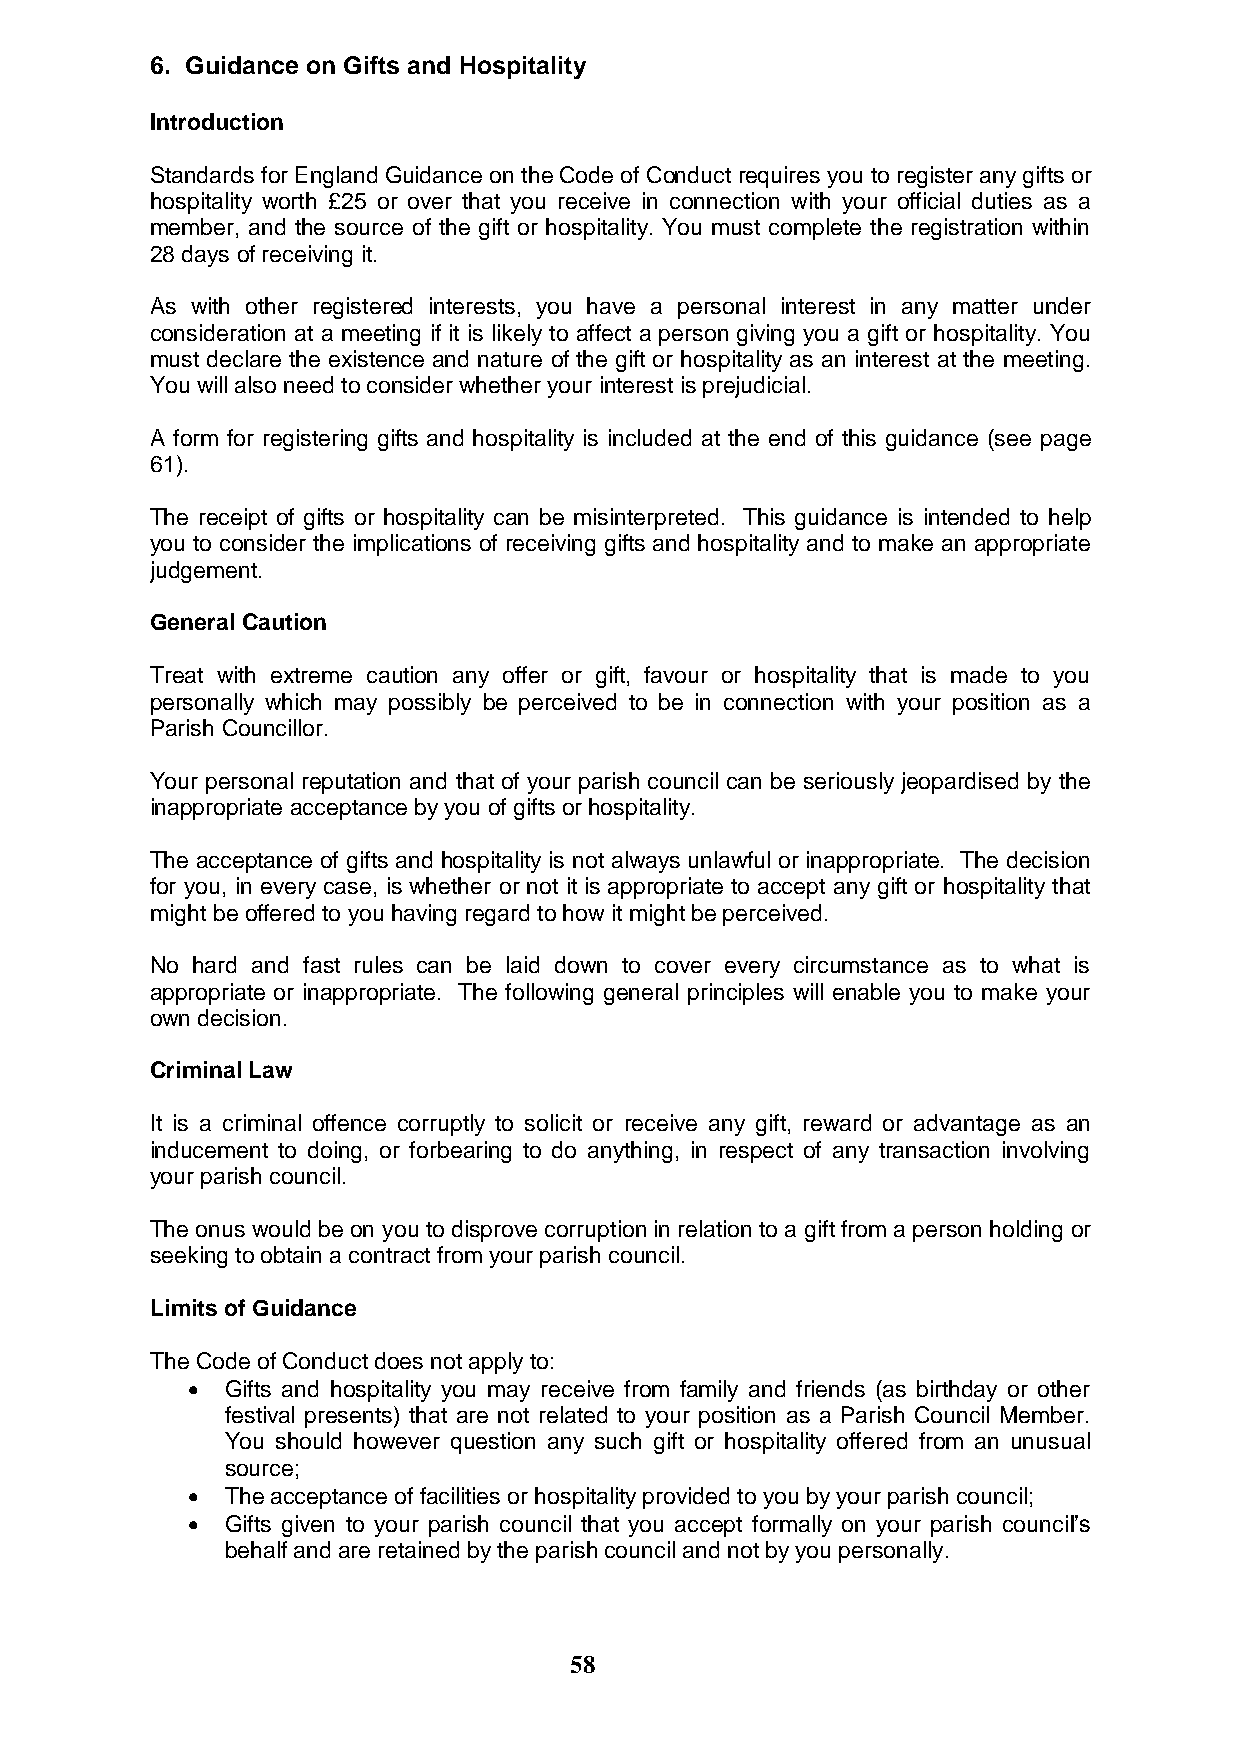
6. Guidance on Gifts and Hospitality
 Introduction
 Standards for England Guidance on the Code of Conduct requires you to register any gifts or
 hospitality worth £25 or over that you receive in connection with your official duties as a
 member, and the source of the gift or hospitality. You must complete the registration within
 28 days of receiving it.
 As with other registered interests, you have a personal interest in any matter under
 consideration at a meeting if it is likely to affect a person giving you a gift or hospitality. You
 must declare the existence and nature of the gift or hospitality as an interest at the meeting.
 You will also need to consider whether your interest is prejudicial.
 A form for registering gifts and hospitality is included at the end of this guidance (see page
 61).
 The receipt of gifts or hospitality can be misinterpreted. This guidance is intended to help
 you to consider the implications of receiving gifts and hospitality and to make an appropriate
 judgement.
 General Caution
 Treat with extreme caution any offer or gift, favour or hospitality that is made to you
 personally which may possibly be perceived to be in connection with your position as a
 Parish Councillor.
 Your personal reputation and that of your parish council can be seriously jeopardised by the
 inappropriate acceptance by you of gifts or hospitality.
 The acceptance of gifts and hospitality is not always unlawful or inappropriate. The decision
 for you, in every case, is whether or not it is appropriate to accept any gift or hospitality that
 might be offered to you having regard to how it might be perceived.
 No hard and fast rules can be laid down to cover every circumstance as to what is
 appropriate or inappropriate. The following general principles will enable you to make your
 own decision.
 Criminal Law
 It is a criminal offence corruptly to solicit or receive any gift, reward or advantage as an
 inducement to doing, or forbearing to do anything, in respect of any transaction involving
 your parish council.
 The onus would be on you to disprove corruption in relation to a gift from a person holding or
 seeking to obtain a contract from your parish council.
 Limits of Guidance
 The Code of Conduct does not apply to:
   Gifts and hospitality you may receive from family and friends (as birthday or other
 festival presents) that are not related to your position as a Parish Council Member.
 You should however question any such gift or hospitality offered from an unusual
 source;
   The acceptance of facilities or hospitality provided to you by your parish council;
   Gifts given to your parish council that you accept formally on your parish council‟s
 behalf and are retained by the parish council and not by you personally.
 58